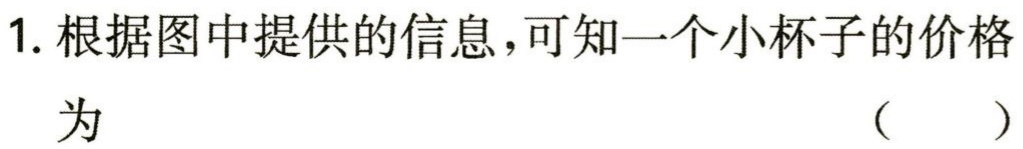
1. 根据图中提供的信息，可知一个小杯子的价格
为 （  ）